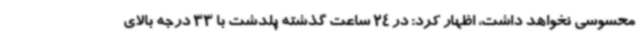
محسوسی نخواهد داشت، اظهار کرد: در 24 ساعت گذشته پلدشت با 33 درجه بالای